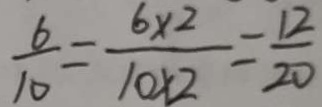
\frac { 6 } { 1 0 } = \frac { 6 \times 2 } { 1 0 \times 2 } = \frac { 1 2 } { 2 0 }